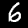
Digit: 6